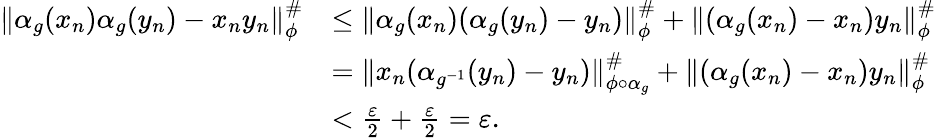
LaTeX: \begin{array}{rl}{\| \alpha_{g}(x_{n})\alpha_{g}(y_{n})-x_{n}y_{n}\| _{\phi}^{\# }}&{\leq\| \alpha_{g}(x_{n})(\alpha_{g}(y_{n})-y_{n})\| _{\phi}^{\# }+\| (\alpha_{g}(x_{n})-x_{n})y_{n}\| _{\phi}^{\# }}\\ &{=\| x_{n}(\alpha_{g^{-1}}(y_{n})-y_{n})\| _{\phi\circ\alpha_{g}}^{\# }+\| (\alpha_{g}(x_{n})-x_{n})y_{n}\| _{\phi}^{\# }}\\ &{<\frac{\varepsilon}{2}+\frac{\varepsilon}{2}=\varepsilon.}\end{array}